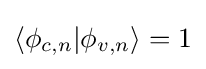
\langle \phi _{c,n}|\phi _{v,n}\rangle =1